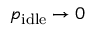
p _ { \mathrm { i d l e } } \to 0